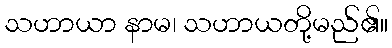
သဟာယာ နာမ၊ သဟာယတို့မည်၏။